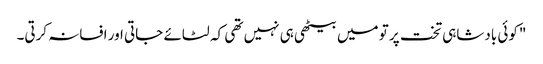
"کوئی بادشاہی تخت پر تو میں بیٹھی ہی نہیں تھی کہ لٹائے جاتی اور افسانہ کرتی۔